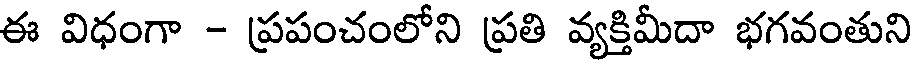
ఈ విధంగా - ప్రపంచంలోని ప్రతి వ్యక్తిమీదా భగవంతుని